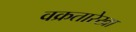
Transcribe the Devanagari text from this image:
वक्रतारेखा